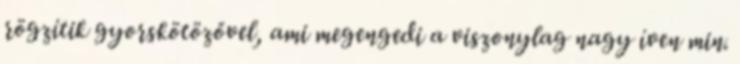
rögzítik gyorskötözővel, ami megengedi a viszonylag nagy íven min.